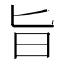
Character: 旨